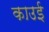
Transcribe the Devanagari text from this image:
काउई